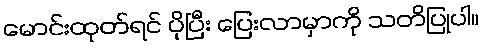
မောင်းထုတ်ရင် ပိုပြီး ပြေးလာမှာကို သတိပြုပါ။